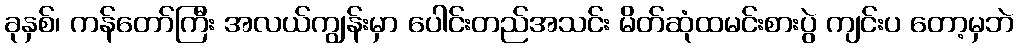
ခုနှစ်၊ ကန်တော်ကြီး အလယ်ကျွန်းမှာ ပေါင်းတည်အသင်း မိတ်ဆုံထမင်းစားပွဲ ကျင်းပ တော့မှဘဲ